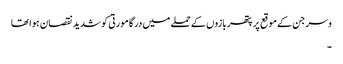
وسرجن کے موقع پر پتھر بازوں کے حملے میں درگا مورتی کو شدید نقصان ہوا تھا
۔